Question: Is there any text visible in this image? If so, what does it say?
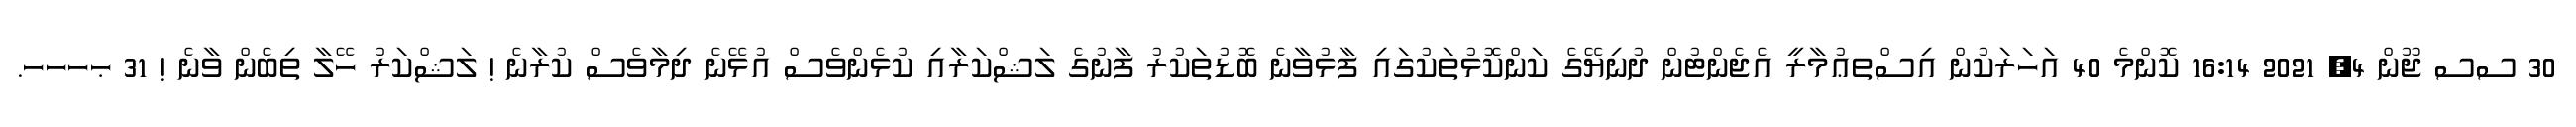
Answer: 30 ސސ ޖޫން 4, 2021 16:14 ކޮންމެ 40 އަހަރަކުން އިސްތޢުމާރީ އެޖެންޓުން ދުނިޔޭގެ ކަންކޮޅުތަކުގައި ފާޅުވާނެ ބޮޑުތަކުރު ފާނުގެ ލަޝްކަރާއި ކުޅެންވެސް އުޅޭނެ ދިމާވެސް ކުރާނެ ! ލަޝްކަރު ހޭލާ ތިބެން ވާނެ ! 31 ޙހހހ.